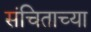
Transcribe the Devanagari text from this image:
संचिताच्या